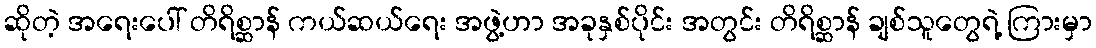
ဆိုတဲ့ အရေးပေါ် တိရိစ္ဆာန် ကယ်ဆယ်ရေး အဖွဲ့ဟာ အခုနှစ်ပိုင်း အတွင်း တိရိစ္ဆာန် ချစ်သူတွေရဲ့ ကြားမှာ